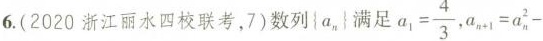
6.(2020浙江丽水四校联考，7）数列{a，|满足$$a_{1} = \frac{4}{3} $$，$$ a_{n+1} = a_{n}^{2} -